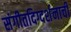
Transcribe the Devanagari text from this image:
संगीतदिग्दर्शनाची